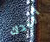
اريدك